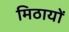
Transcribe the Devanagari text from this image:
मिठायों